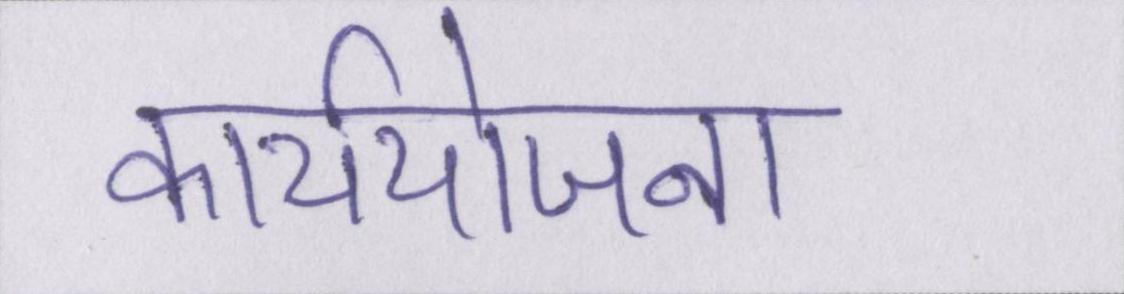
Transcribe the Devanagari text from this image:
कार्ययोजना